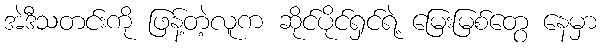
အဲဒီသတင်းကို ဖြန့်တဲ့လူက ဆိုင်ပိုင်ရှင်ရဲ့ မြေးမြစ်တွေ နေမှာ